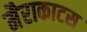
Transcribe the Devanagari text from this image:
मैराकाटस